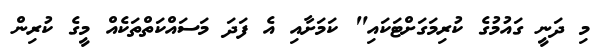
މި ދަނީ ގައުމުގެ ކުރިމަގަށްޓަކައި" ކަމަށާއި އެ ފަަދަ މަސައްކަތްތަކެއް މީގެ ކުރިން